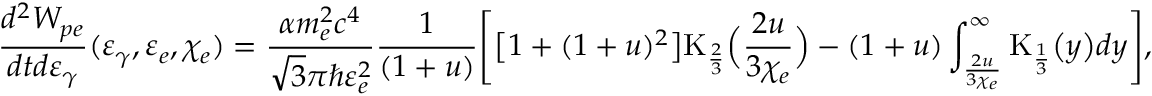
\frac { d ^ { 2 } W _ { p e } } { d t d \varepsilon _ { \gamma } } ( \varepsilon _ { \gamma } , \varepsilon _ { e } , \chi _ { e } ) = \frac { \alpha m _ { e } ^ { 2 } c ^ { 4 } } { \sqrt { 3 } \pi \hbar \varepsilon _ { e } ^ { 2 } } \frac { 1 } { ( 1 + u ) } \Biggl [ \bigl [ 1 + ( 1 + u ) ^ { 2 } \bigr ] \mathrm { K } _ { \frac { 2 } { 3 } } \Bigl ( \frac { 2 u } { 3 \chi _ { e } } \Bigr ) - ( 1 + u ) \int _ { \frac { 2 u } { 3 \chi _ { e } } } ^ { \infty } \mathrm { K } _ { \frac { 1 } { 3 } } \bigl ( y \bigr ) d y \Biggr ] ,